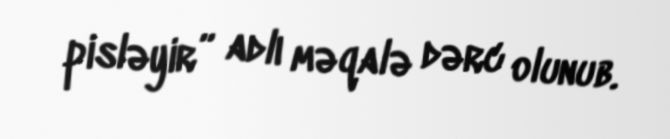
pisləyir” adlı məqalə dərc olunub.